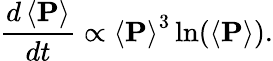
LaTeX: \frac{d\left<\mathbf{P}\right>}{dt}\propto\left<\mathbf{P}\right>^{3}\ln(\left<\mathbf{P}\right>).